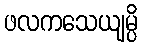
ဖလကသေယျမ္ပိ